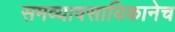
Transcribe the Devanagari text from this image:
समव्यावसायिकानेच